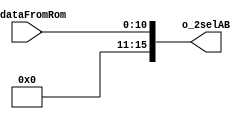
`timescale 1ns / 1ps
//////////////////////////////////////////////////////////////////////////////////
// Company: 
// Engineer: 
// 
// Design Name: 
// Module Name: signal_ext
// Project Name: 
// Target Devices: 
// Tool Versions: 
// Description: 
// 
// Dependencies: 
// 
// Revision:
// Revision 0.01 - File Created
// Additional Comments:
// 
//////////////////////////////////////////////////////////////////////////////////


module signal_ext(
    output reg [15:0] o_2selAB,
    input [10:0] i_dataFromRom
    );
    
    always @*
    begin
        o_2selAB = {5'b00000,i_dataFromRom};
    end
endmodule